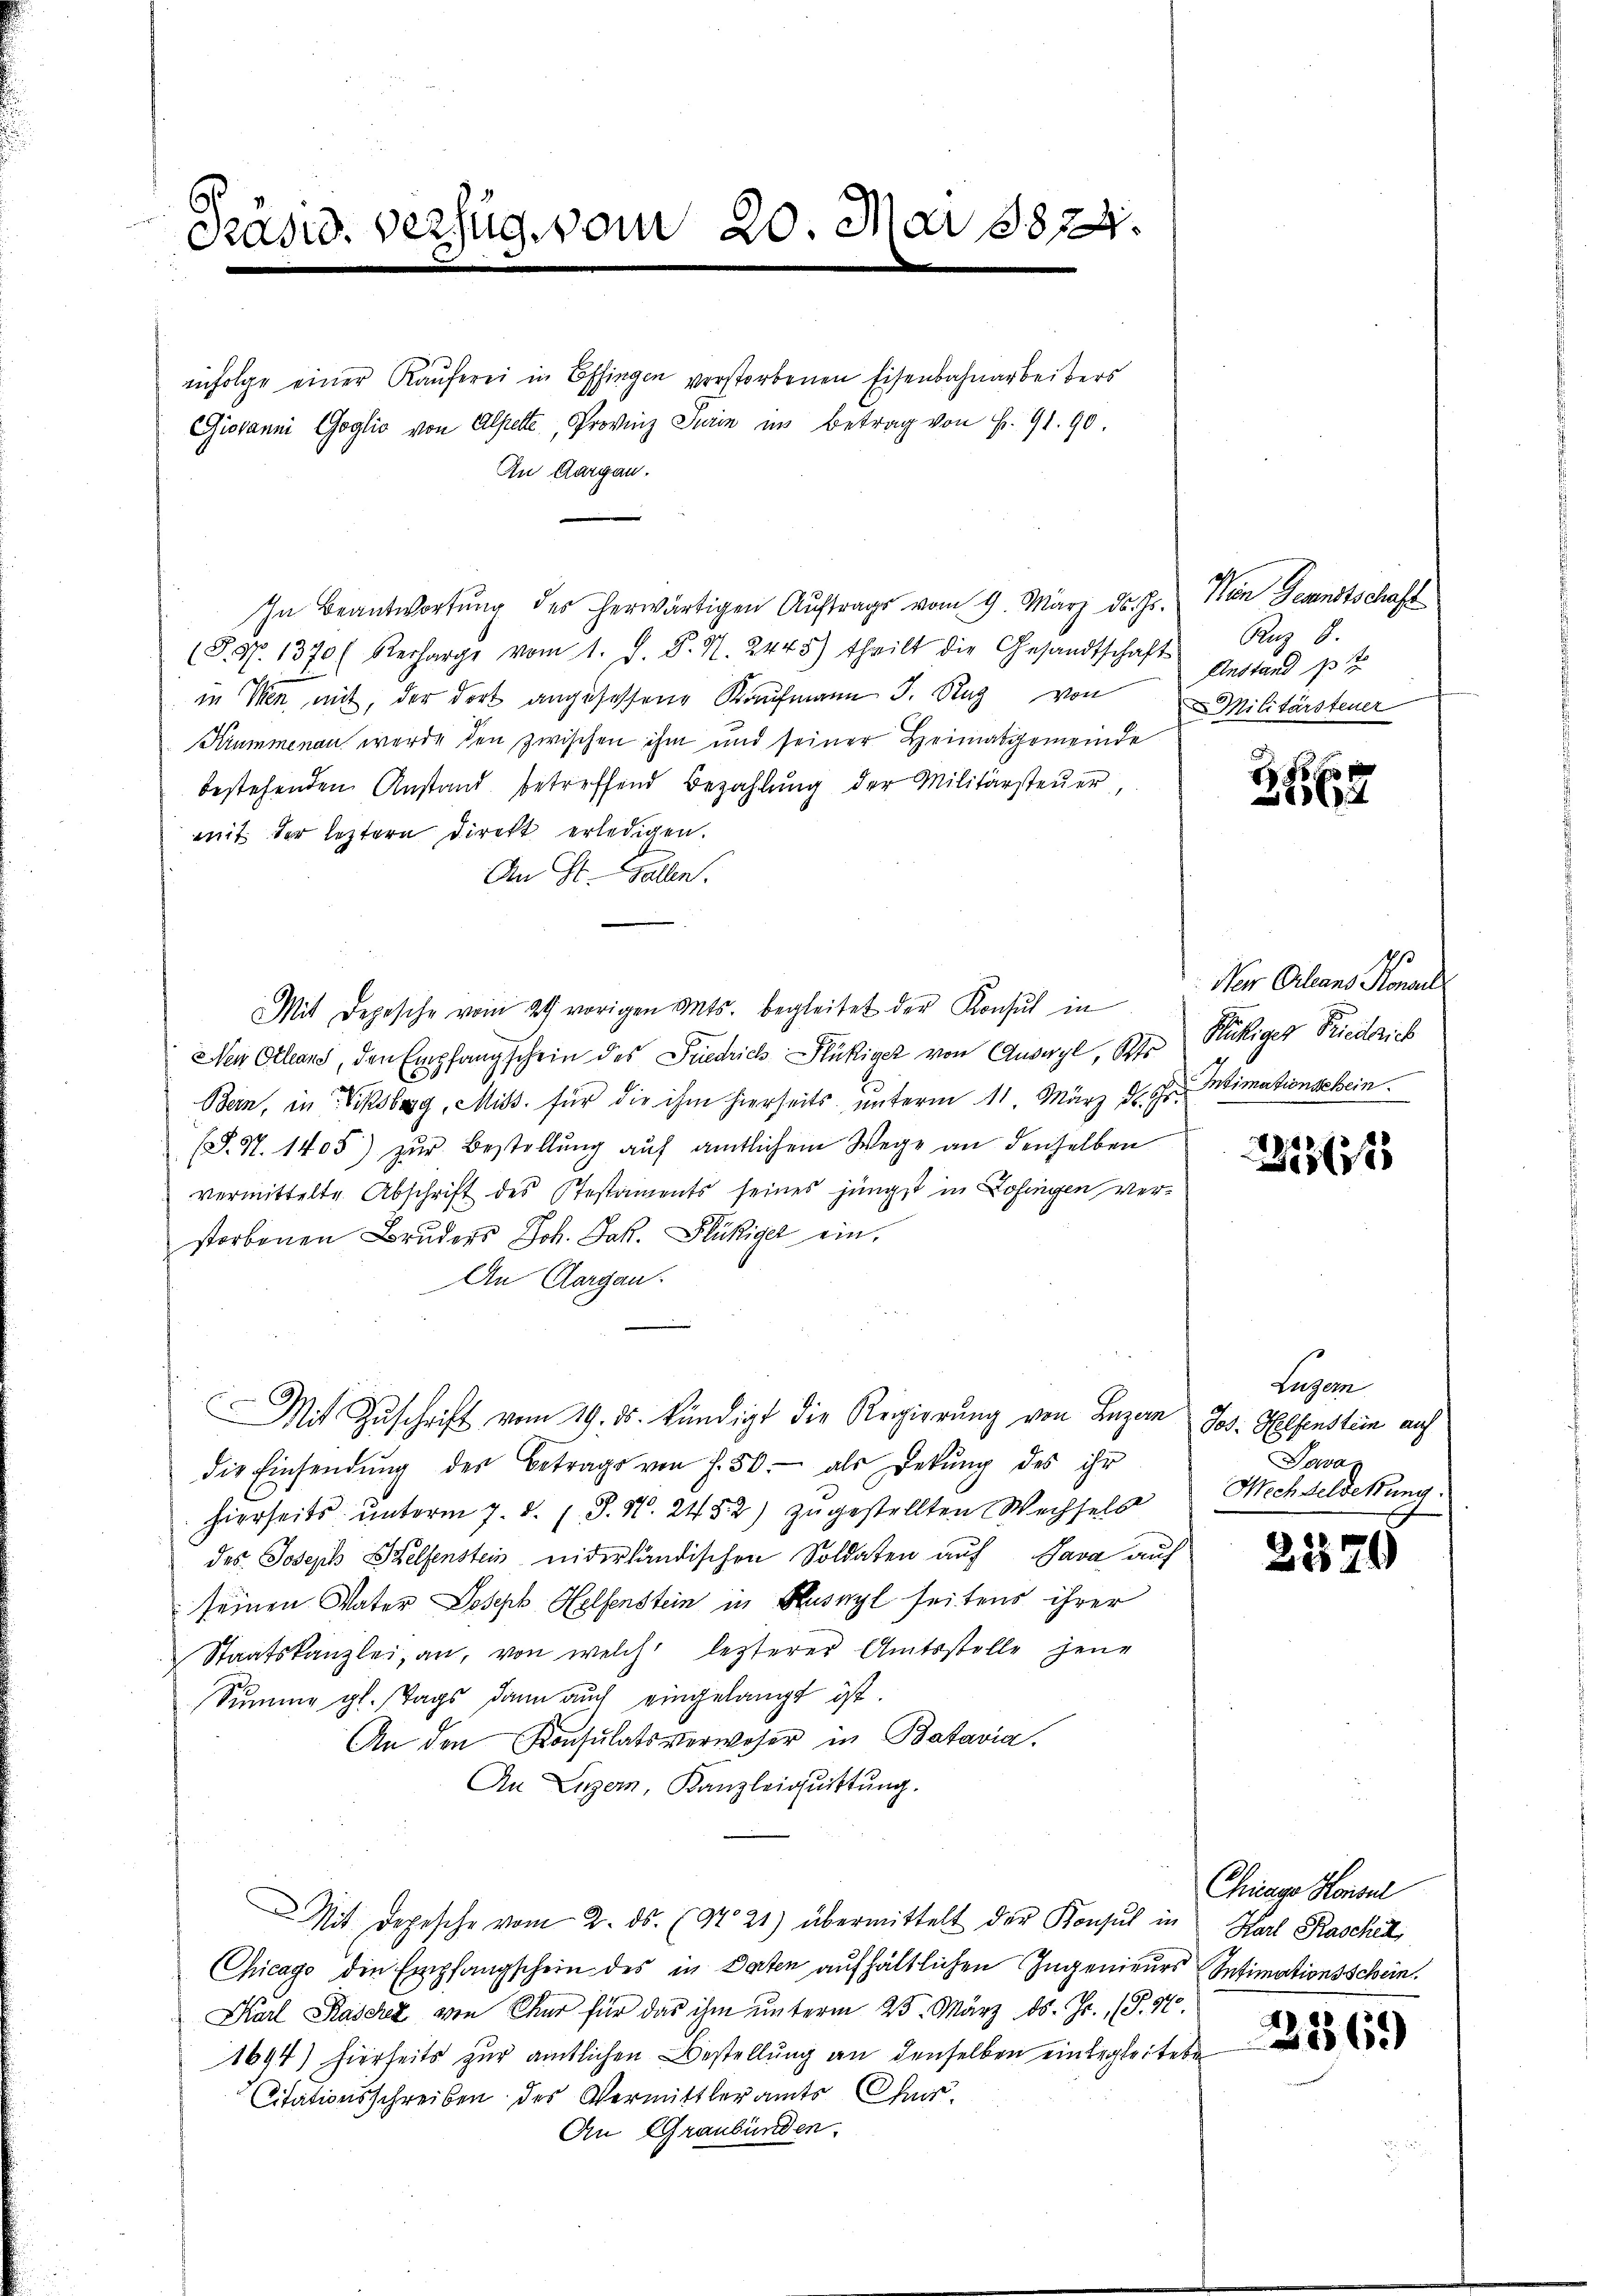
Pasid. verfug vom 20. Mai 18824.

infolge einer Käuferei in Effingen verstorbenen Eisenbahnarbeiters
In Beantwortung des herwärtigen Aŭftrags vom 9. März d. Js. Nein Gesandtschaft
(S. S. 1370 (Recharge vom 1. d. P. N. 2445) theilt die Gesandtschaft
in den mit, der dort angesessene Kaufmann J. Rat von
Krummenau werde den zwischen ihm und seiner Heimatgemeinde
bestehenden Anstand betreffend Bezahlung der Militärsteuer,
mit der leztern direkt erledigen.
An St. Gallen.
Mit Depesche vom 24. vorigen Mts. begleitet der Konsul in Neu Orleans Konanz
Nen Orleans, den Empfangschein des Friedrich Stückiger von Auswyl, Oper Stuckiger Friedrich
Bern, in Viksburg, Miss. für die ihm hierseits unterm 11. März d. Gr. Intimationschein
(S. S. 1405) zur Bestellung auf amtlichem Wege an denselben
vermittelte Abschrift des Pestaments seines jüngst in Zofingen verstorbenen Bruders Joh. Jak. Flückiger ein,
An Aargau.
Mit Zŭschrift vom 29. ds. kündigt die Regierŭng von Luzern
die Einsendŭng der Betrags von f. 50.- als Dekŭng des ihr
hierseits unterm 7. d. J. N. 2452) zugestellten Wechsels
des Joseph Welsenstein niderländischen Soldaten auf Java auf
seinen Vater Joseph Helfenstein in Husnyl seitens ihrer
Staatskanzlei, an, von welch lezterer Amtsstelle jene
Summe gl. Tags dann auch eingelangt ist.
An den Konsulatsverweser in Batavia.
An Luzern, Kanzleiguittung.
Mit Depesche vom 2. ds. (N.21) übermittelt der Konsul in Karl Raschik
Chicago die Empfangschein des in Daten aufhältlichen Ingenieurs Intimationsschein.
Karl Kaschez von Chur für das ihm unterm 25. März d. Js. (T. 47.
1694) hierseits zur amtlichen Bestellung an denselben einbegleitete
Citationsschreiben des Vermittleramts Chur
An Graubünden.

Giovanni Goglio von Alperte, Provinz Juin im Betrag von Fr. 91. 90.
An Aargau.

Ruz 8.
Anstand 13 f
Militärsteuer

45 x
1

21361

Luzern
Jos. Helfenstein auf
Pava
Wechselderung.

3576

Chinge Konsul

2569)